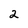
Character: 2